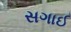
સગાઈ